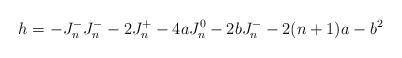
LaTeX: \begin{align*} h = - J^-_n J^-_n - 2 J^+_n - 4a J^0_n - 2b J^-_n - 2(n+1)a - b^2 \end{align*}